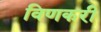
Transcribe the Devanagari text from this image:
विणकरी